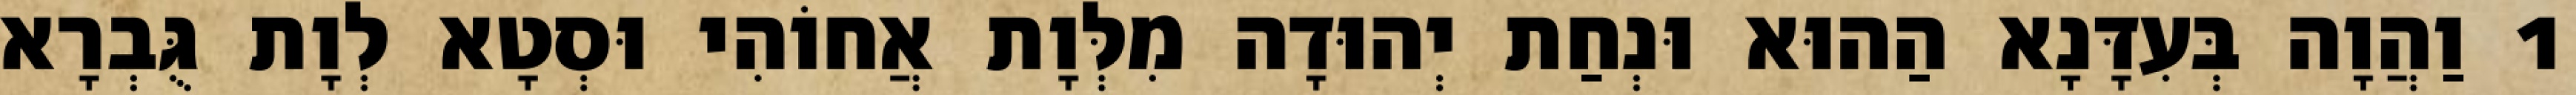
1 וַהֲוָה בְּעִדָּנָא הַהוּא וּנְחַת יְהוּדָה מִלְּוָת אֲחוֹהִי וּסְטָא לְוָת גֻּבְרָא